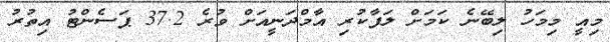
މިއީ މިމަހު ލިބޭނެ ކަމަށް ލަފާކުރި އާމްދަނީއަށް ވުރެ 37.2 ޕަސެންޓު އިތުރު